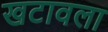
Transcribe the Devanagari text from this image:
खटावला